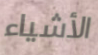
الأشياء